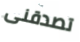
تصدقنى